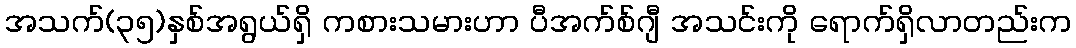
အသက်(၃၅)နှစ်အရွယ်ရှိ ကစားသမားဟာ ပီအက်စ်ဂျီ အသင်းကို ရောက်ရှိလာတည်းက